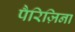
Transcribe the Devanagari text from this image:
पैरिज़िना